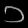
Digit: ၁